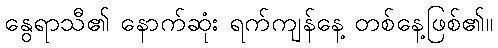
နွေရာသီ၏ နောက်ဆုံး ရက်ကျန်နေ့ တစ်နေ့ဖြစ်၏။